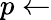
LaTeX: p\leftarrow